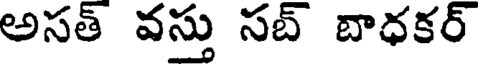
అసత్ వస్తు సబ్ బాధకర్